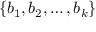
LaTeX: \{ b _ { 1 } , b _ { 2 } , \ldots , b _ { k } \}